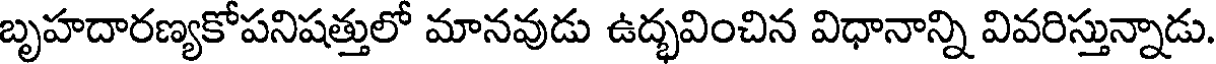
బృహదారణ్యకోపనిషత్తులో మానవుడు ఉద్భవించిన విధానాన్ని వివరిస్తున్నాడు.